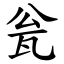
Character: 瓮